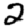
Digit: 2